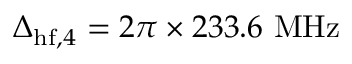
\Delta _ { \mathrm { h f } , 4 } = 2 \pi \times 2 3 3 . 6 ~ \mathrm { M H z }